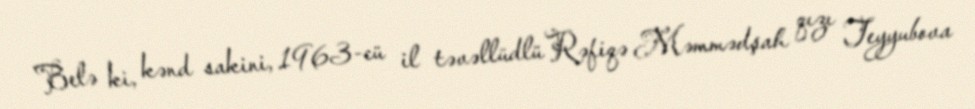
Belə ki, kənd sakini, 1963-cü il təvəllüdlü Rəfiqə Məmmədşah qızı Teyyubova